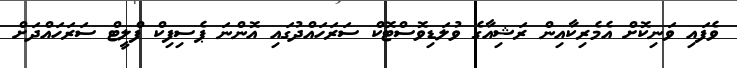
ވެފައި ވަނިކޮށް އެމެރިކާއިން ރަޝިއާގެ ވުލަޑިވޮސްޓޮކް ސަރަހައްދުގައި އޮންނަ ޕެސިފިކް ފްލީޓް ސަރަހައްދަށް